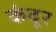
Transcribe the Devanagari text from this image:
कंदूर